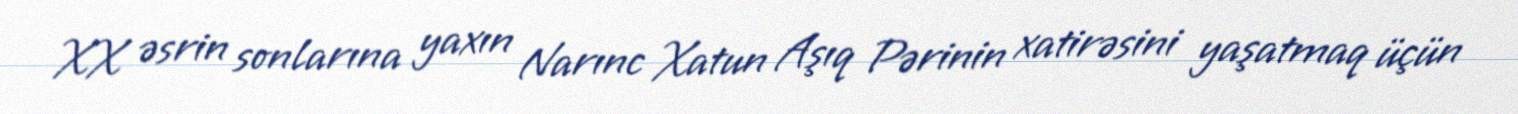
XX əsrin sonlarına yaxın Narınc Xatun Aşıq Pərinin xatirəsini yaşatmaq üçün